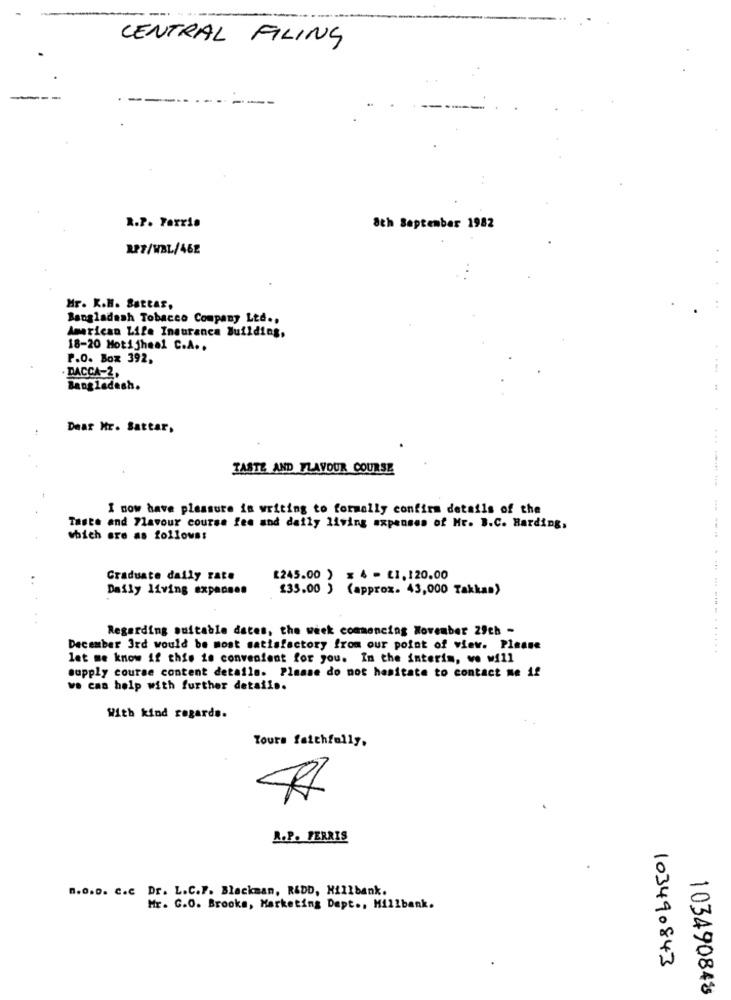
CENTRAL FILING
----
R.P. Ferris
8th September 1982
RP7/WBL/462
Hr. K.H. SattAr,
Bangladesh Tobacco Company Ltd .,
American Life Insurance Building,
18-20 Motijheal C.A ..
P.O. Box 392,
...
.DACCA-2,
Bangladesh.
Dear Mr. Sattar,
TASTE AND TLAYOUR COURSE
I now have pleasure in writing to formally confirm details of the
Taste and Flavour course fee and daily living expenses of Mr. B.C. Harding,
which are as follows:
Graduate daily rate
[245.00 ) ≤ 4 - LI, 120.00
Daily living expenses
$35.00 ) (approx. 43,000 Takkas)
. .
Regarding suitable dates, the week commencing November 29ch -
December 3rd would be most satisfactory from our point of view. Please
let me know if this is convenient for you. In the interim, we will
supply course content details. Please do not hesitate to contact me if
we can help with further details.
With kind regards.
Yours faithfully,
A.P. FERRIS
n.0.0. c.c Dr. L.C.F. Blackman, REDD, Hillbank.
Mr. C.O. Brooks, Marketing Dept ., Millbank.
103490843
103490848